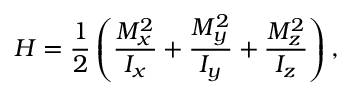
H = \frac { 1 } { 2 } \left( \frac { M _ { x } ^ { 2 } } { I _ { x } } + \frac { M _ { y } ^ { 2 } } { I _ { y } } + \frac { M _ { z } ^ { 2 } } { I _ { z } } \right) ,